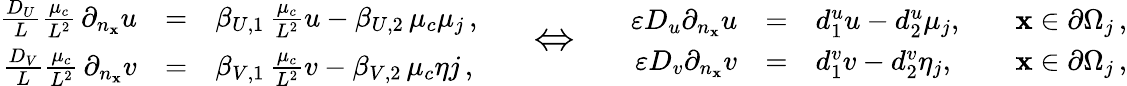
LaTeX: \begin{array}{rcl}{\frac{D_{U}}{L}\frac{\mu_{c}}{L^{2}}\, \partial_{n_{\mathbf x}}u}&{=}&{\beta_{U,1}\, \frac{\mu_{c}}{L^{2}}u-\beta_{U,2}\, \mu_{c}\mu_{j}\, ,}\\ {\frac{D_{V}}{L}\frac{\mu_{c}}{L^{2}}\, \partial_{n_{\mathbf x}}v}&{=}&{\beta_{V,1}\, \frac{\mu_{c}}{L^{2}}v-\beta_{V,2}\, \mu_{c}\eta{j}\, ,}\end{array}\qquad{\Large\Leftrightarrow}\qquad\begin{array}{rcll}{\varepsilon D_{u}\partial_{n_{\mathbf x}}u}&{=}&{d_{1}^{u}u-d_{2}^{u}\mu_{j},\quad}&{{\mathbf x}\in\partial\Omega_{j}\, ,}\\ {\varepsilon D_{v}\partial_{n_{\mathbf x}}v}&{=}&{d_{1}^{v}v-d_{2}^{v}\eta_{j},}&{{\mathbf x}\in\partial\Omega_{j}\, ,}\end{array}